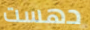
دهست